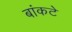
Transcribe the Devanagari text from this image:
बांकटे